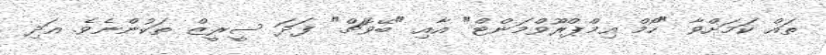
ތައް ކަމަށްވާ "ހޯމް އިމްޕްރޫވްމަންޓް" އާއި "ބޭވޮޗް" ފަދަ ސީރީޒް ތަކުންނެވެ. އަދި